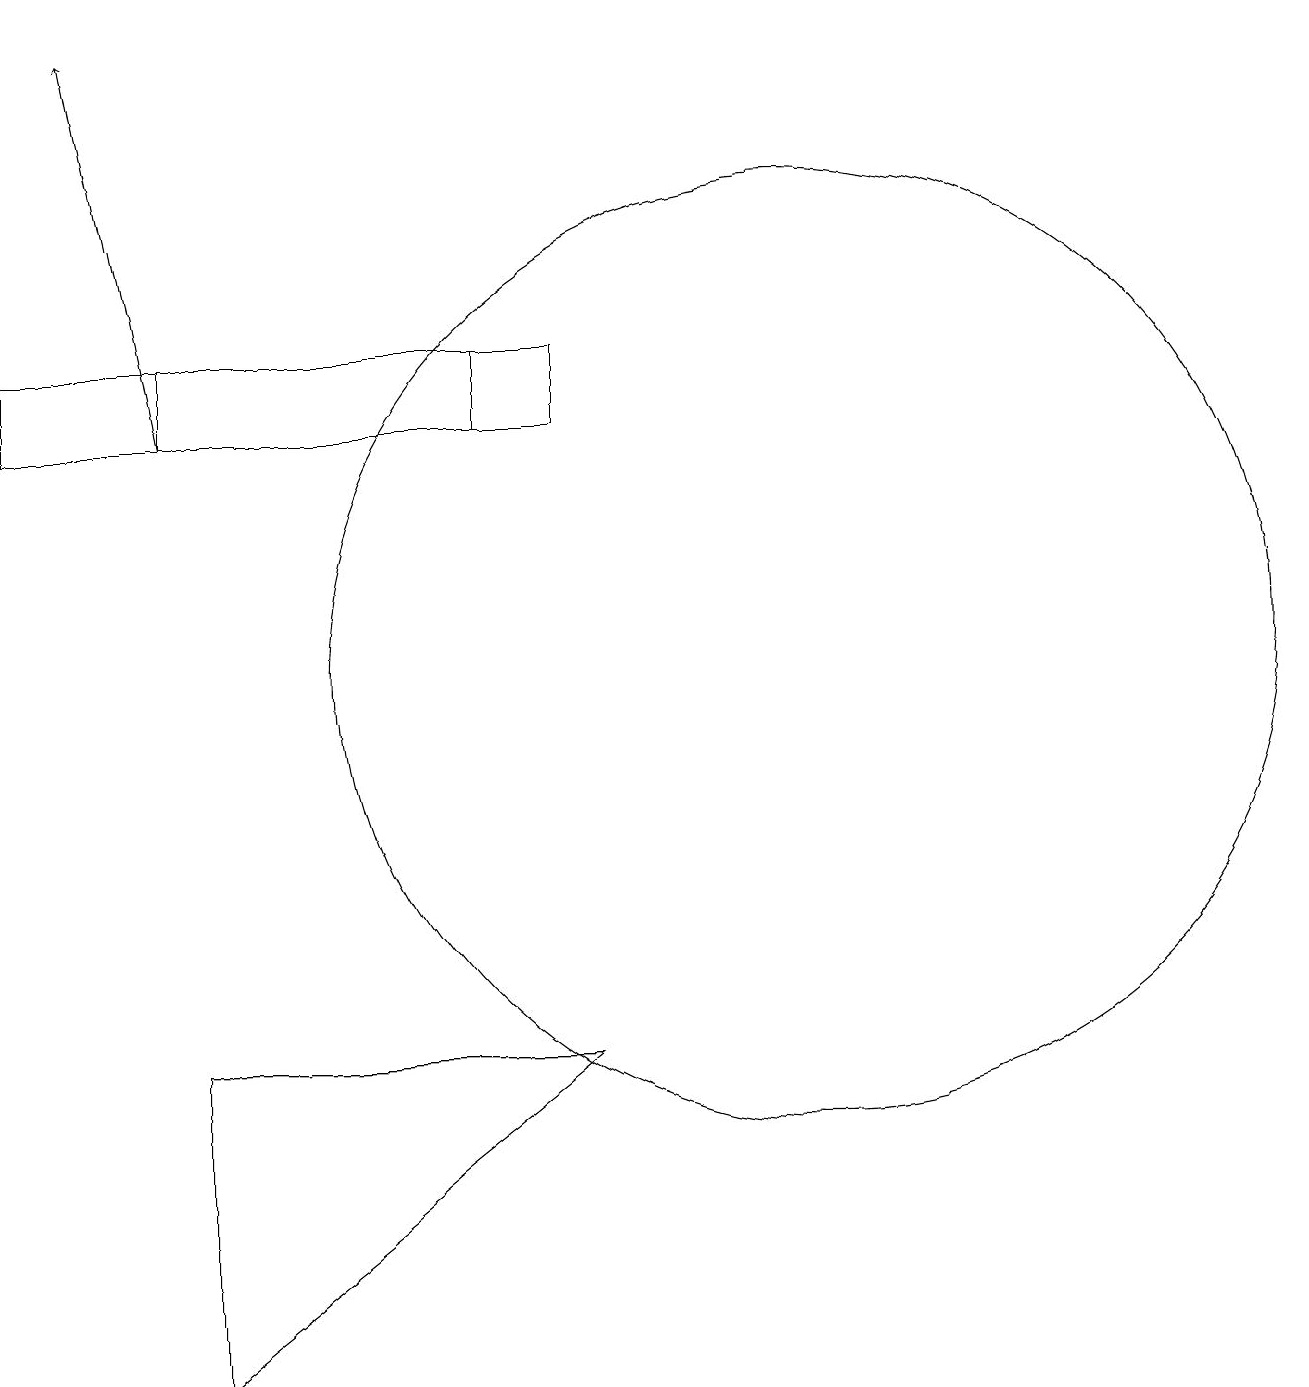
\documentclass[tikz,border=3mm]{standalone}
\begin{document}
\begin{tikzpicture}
\draw[->] (4,14) -- (3,19);
\draw (2,15) rectangle (9,14);
\draw (9,6) -- (4,6) -- (4,2) -- cycle;
\draw (12,11) circle (6);
\draw (4,14) rectangle (8,15);
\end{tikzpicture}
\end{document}